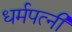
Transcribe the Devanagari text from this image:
धर्मपत्‍नी